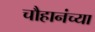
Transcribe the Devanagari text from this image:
चौहानंच्या